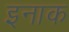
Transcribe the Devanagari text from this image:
इनाक